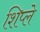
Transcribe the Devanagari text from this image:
शिप्ले